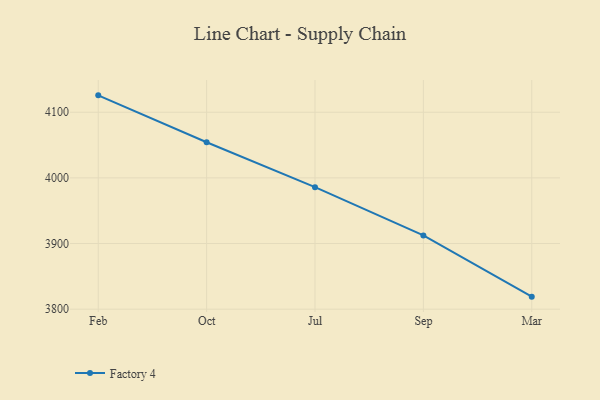
{"axis": {"x": "Month", "y": "Latency (ms)"}, "legend": ["Factory 4"], "data": [{"x": "Feb", "y": 4125.7, "type": "Factory 4"}, {"x": "Oct", "y": 4054.3, "type": "Factory 4"}, {"x": "Jul", "y": 3985.9, "type": "Factory 4"}, {"x": "Sep", "y": 3912.4, "type": "Factory 4"}, {"x": "Mar", "y": 3819.1, "type": "Factory 4"}]}